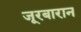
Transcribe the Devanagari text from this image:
जूरबारान